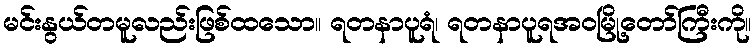
မင်းနွယ်တမူလည်းဖြစ်ထသော။ ရတနာပူရံ၊ ရတနာပူရအဝမြို့တော်ကြီးကို။